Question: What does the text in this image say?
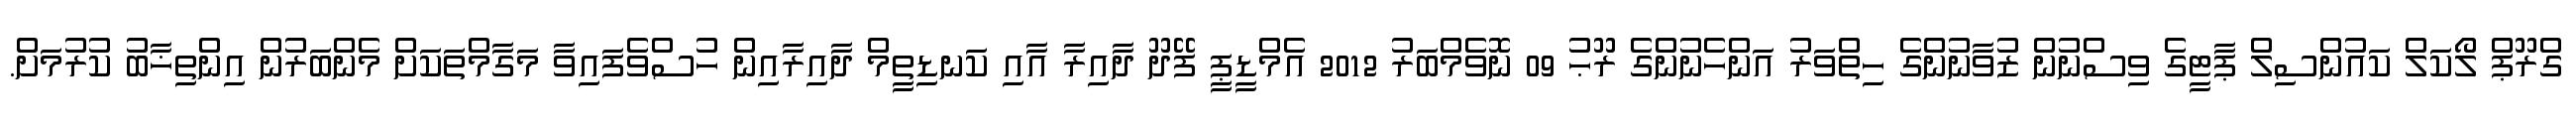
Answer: ގްރޫޕް ލޯކަލް ކައުންސިލް ޕާޓީގެ ވިސްނުން ޒުވާނުންގެ ހިތްވަރު އަންހެނުންގެ ރޫޙު 09 ނޮވެމްބަރު 2012 އެމްޑީޕީ ފޭދޫ ދާއިރާ އާއި ކަނޑިތީމް ދާއިރާއިން ހުސްވެފައިވާ މަގާމްތަކަށް މެންބަރުން އިންތިޚާބު ކުރުމަށް.